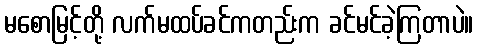
မစောမြင့်တို့ လက်မထပ်ခင်ကတည်းက ခင်မင်ခဲ့ကြတာပဲ။